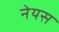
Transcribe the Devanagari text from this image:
नेयस